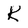
Character: K